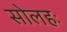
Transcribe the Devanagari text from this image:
सोलहः